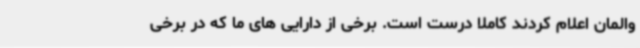
والمان اعلام کردند کاملا درست است. برخی از دارایی های ما که در برخی